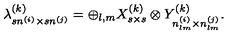
\lambda _ { s n ^ { ( i ) } \times s n ^ { ( j ) } } ^ { ( k ) } = \oplus _ { l , m } X _ { s \times s } ^ { ( k ) } \otimes Y _ { n _ { l m } ^ { ( i ) } \times n _ { l m } ^ { ( j ) } } ^ { ( k ) } .